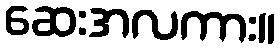
ဆေးအလကား။